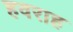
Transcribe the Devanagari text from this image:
हवराह